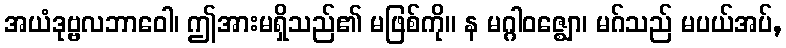
အယံဒုဗ္ဗလဘာဝေါ၊ ဤအားမရှိသည်၏ မဖြစ်ကို။ န မဂ္ဂါဝဇ္ဈော၊ မဂ်သည် မပယ်အပ်,